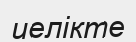
иелікте